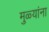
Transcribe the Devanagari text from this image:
मुळ्यांना